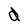
Character: d